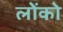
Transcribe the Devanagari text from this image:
लोंको